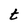
Character: t